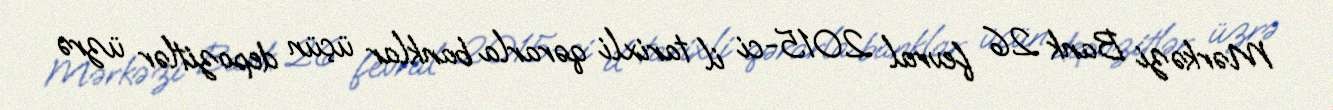
Mərkəzi Bank 26 fevral 2015-ci il tarixli qərarla banklar üçün depozitlər üzrə